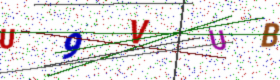
Text: U9VUB